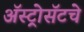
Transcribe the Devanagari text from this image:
ॲस्ट्रोसॅटचे